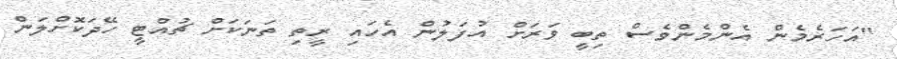
"އަހަރެމެން އެންމެންވެސް ތިބީ ވަރަށް އުފަލުން އެހައި ރީތި ތަނަކަށް ޗުއްޓީ ހޭދަކޮށްލަން